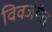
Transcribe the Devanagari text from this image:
विवर्जयेत्